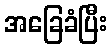
အခြေခံပြီး